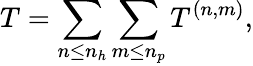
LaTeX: T=\sum_{n\leq n_{h}}\sum_{m\leq n_{p}}T^{(n,m)},